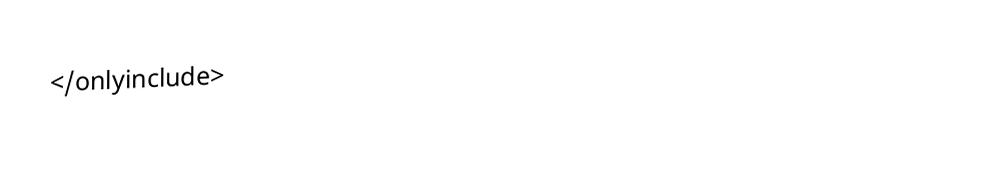
</onlyinclude>